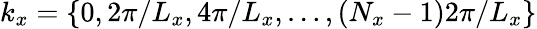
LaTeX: k_{x}=\{ 0,2\pi/L_{x},4\pi/L_{x},\ldots,(N_{x}-1)2\pi/L_{x}\}